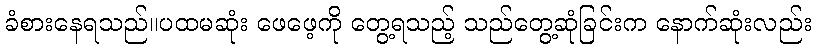
ခံစားနေရသည်။ပထမဆုံး ဖေဖေ့ကို တွေ့ရသည့် သည်တွေ့ဆုံခြင်းက နောက်ဆုံးလည်း